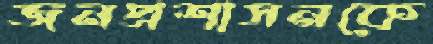
জনপ্রশাসনকে